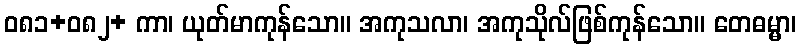
ဝ၈၁+၀၈၂+ ကာ၊ ယုတ်မာကုန်သော။ အကုသလာ၊ အကုသိုလ်ဖြစ်ကုန်သော။ တေဓမ္မာ၊